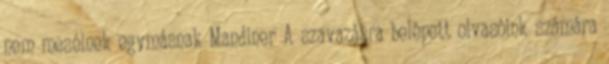
nem mesélnek egymásnak Mandiner A szavazásra belépett olvasóink számára